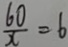
\frac { 6 0 } { x } = 6